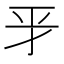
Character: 𢀝